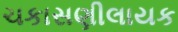
ચકાસણીલાયક